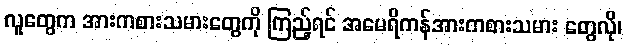
လူတွေက အားကစားသမားတွေကို ကြည့်ရင် အမေရိကန်အားကစားသမား တွေလို၊